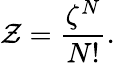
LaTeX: \mathcal{Z}={\frac{{\zeta^{N}}}{{N!}}}.